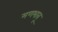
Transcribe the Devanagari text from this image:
मणभावू